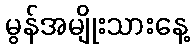
မွန်အမျိုးသားနေ့